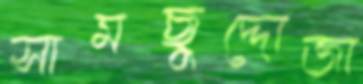
সামছুদ্দোজা